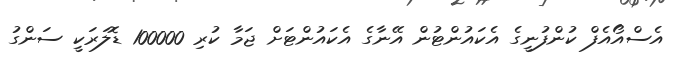
އެސްއޯއެފް ކުންފުނީގެ އެކައުންޓުން އޭނާގެ އެކައުންޓަށް ޖަމާ ކުރި 100000 ޑޮލަރަކީ ސަންގު